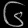
Digit: ၆